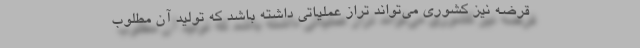
قرضه نیز کشوری می‌تواند تراز عملیاتی داشته باشد که تولید آن مطلوب